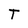
Character: T